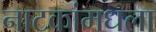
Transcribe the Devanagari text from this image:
नाटकांमधला